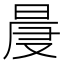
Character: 𣇗